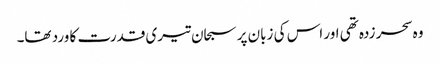
وہ سحر زدہ تھی اور اس کی زبان پر سبحان تیری قدرت کا ورد تھا۔